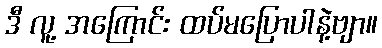
ဒီ လူ့ အကြောင်း ထပ်မပြောပါနဲ့ဗျာ။